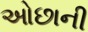
ઓછાની